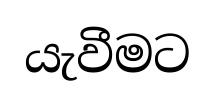
යැවීමට